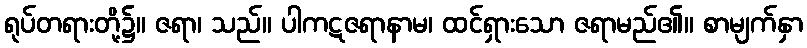
ရုပ်တရားတို့၌။ ဇရာ၊ သည်။ ပါကဋဇရာနာမ၊ ထင်ရှားသော ဇရာမည်၏။ စာမျက်နှာ